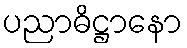
ပညာဓိဋ္ဌာနော